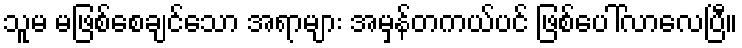
သူမ မဖြစ်စေချင်သော အရာများ အမှန်တကယ်ပင် ဖြစ်ပေါ်လာလေပြီ။